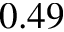
0 . 4 9